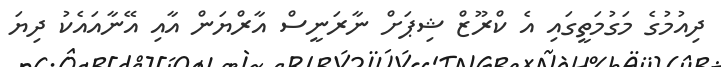
ދިއުމުގެ މަގުމަތީގައި އެ ކްރޫޒް ޝިޕަށް ނާރަނީސް އާރްޔަން އާއި އޭނާއައެކު ދިޔަ